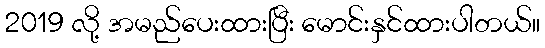
2019 လို့ အမည်ပေးထားပြီး မောင်းနှင်ထားပါတယ်။